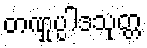
တဏှုပ္ပါဒသုတ္တ